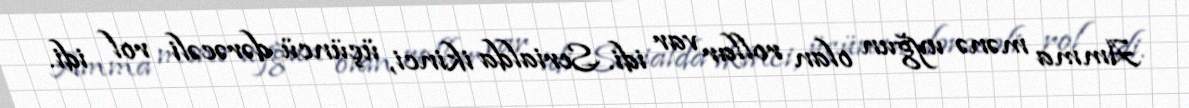
Amma mənə uyğun olan rollar var idi. Serialda ikinci, üçüncü dərəcəli rol idi.